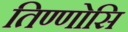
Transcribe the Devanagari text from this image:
तिण्णोसि